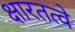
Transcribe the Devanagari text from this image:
क्षारतत्वे